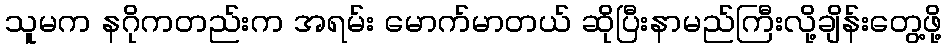
သူမက နဂိုကတည်းက အရမ်း မောက်မာတယ် ဆိုပြီးနာမည်ကြီးလို့ချိန်းတွေ့ဖို့